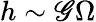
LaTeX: h\sim\mathscr{G}\Omega